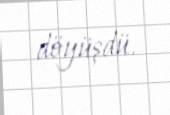
döyüşdü.